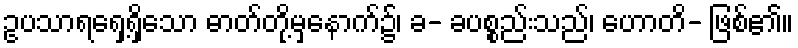
ဥပသာရရှေ့ရှိသော ဓာတ်တို့မှနောက်၌၊ ခ- ခပစ္စည်းသည်၊ ဟောတိ- ဖြစ်၏။